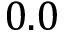
0 . 0